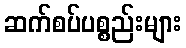
ဆက်စပ်ပစ္စည်းများ